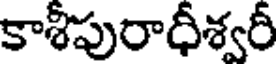
కాశీపురాధీశ్వరీ